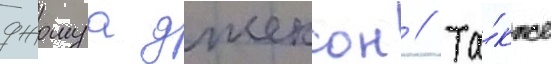
джошуа джексон // Та́кже